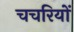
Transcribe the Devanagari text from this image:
चचरियों